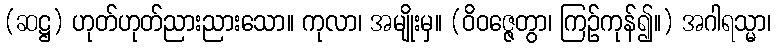
(ဆဋ္ဌ) ဟုတ်ဟုတ်ညားညားသော။ ကုလာ၊ အမျိုးမှ။ (ဝိဝဇ္ဇေတွာ၊ ကြဉ်ကုန်၍။) အဂါရသ္မာ၊